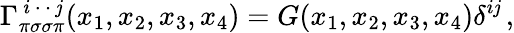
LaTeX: \Gamma_{\pi\sigma\sigma\pi}^{\, i\, \cdot\, \cdot\, \mathit{j}}(x_{1},x_{2},x_{3},x_{4})=G(x_{1},x_{2},x_{3},x_{4})\delta^{i\mathit{j}}\, ,